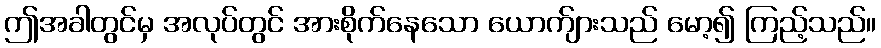
ဤအခါတွင်မှ အလုပ်တွင် အားစိုက်နေသော ယောက်ျားသည် မော့၍ ကြည့်သည်။